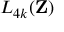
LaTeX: L _ { 4 k } ( \mathbf { Z } )